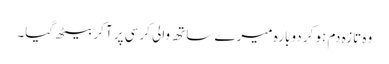
وہ تازہ دم ہو کر دوبارہ میرے ساتھ والی کرسی پر آ کر بیٹھ گیا۔